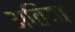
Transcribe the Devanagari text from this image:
अतिया